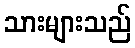
သားများသည်